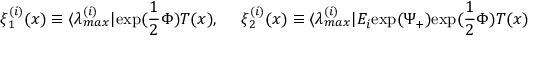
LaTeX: \xi _ { 1 } ^ { ( i ) } ( x ) \equiv \langle \lambda _ { m a x } ^ { ( i ) } | \mathrm { e x p ( } \frac { 1 } { 2 } \Phi ) T ( x ) , { } ~ ~ ~ ~ \xi _ { 2 } ^ { ( i ) } ( x ) \equiv \langle \lambda _ { m a x } ^ { ( i ) } | E _ { i } \mathrm { e x p ( } \Psi _ { + } ) \mathrm { e x p ( } \frac { 1 } { 2 } \Phi ) T ( x )